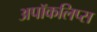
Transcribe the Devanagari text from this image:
अपॉकलिप्स